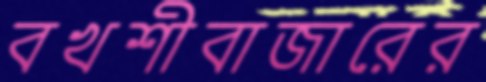
বখশীবাজারের